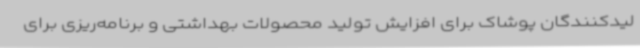
لیدکنندگان پوشاک برای افزایش تولید محصولات بهداشتی و برنامه‌ریزی برای